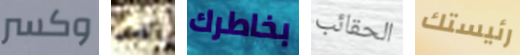
وكسر شئ بخاطرك الحقائب رئيستك